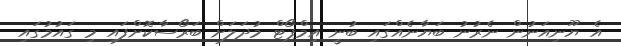
އެ ޔޫނިއަނުން ނެރުނު ބަޔާނެއްގައި ބުނީ އިމްޕޯޓް މުދަލަށް ބަރޯސާކޮށްފައި މި ގައުމުގައި